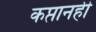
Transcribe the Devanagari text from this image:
कप्तानही